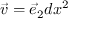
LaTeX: { \vec { v } } = { \vec { e } } _ { 2 } d x ^ { 2 }